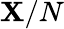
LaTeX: \mathbf{X}/N